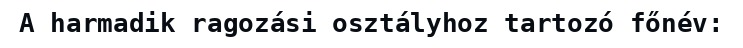
A harmadik ragozási osztályhoz tartozó főnév: